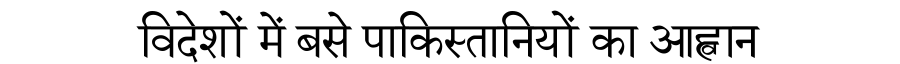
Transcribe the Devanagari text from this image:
विदेशों में बसे पाकिस्तानियों का आह्वान